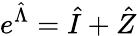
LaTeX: e^{\hat{\Lambda}}=\hat{I}+\hat{Z}